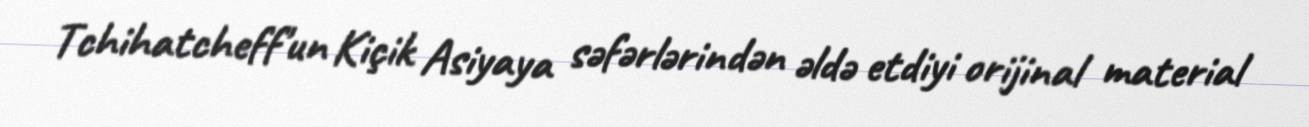
Tchihatcheff'un Kiçik Asiyaya səfərlərindən əldə etdiyi orijinal material